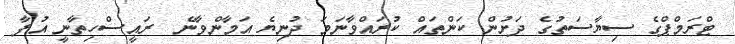
ޓްރަމްޕްގެ ސިޔާސަތުގެ ދަށުން ކަންތައް ކުރައްވާނަމަ ދުނިޔެ އަމާންވާނެ  ރައީސްހިތާނީ އުފާ